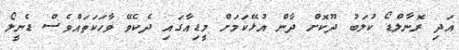
އަދި ރޮނާލްޑޯ ކުލަބު ދޫކޮށް ދާން އުޅޭކަމަށް މީޑިއާގައި ދެކެވޭ ވާހަކަތައްވެސް ޑެނީލޯ